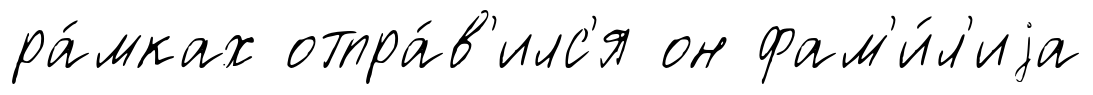
ра́мках отпра́в'илс'я он фам'и́л'иjа